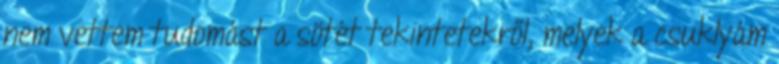
nem vettem tudomást a sötét tekintetekről, melyek a csuklyám